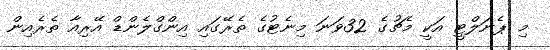
މި ޕެނަލްޓީ އަކީ މެޗުގެ 32ވަނަ މިނެޓުގެ ތެރޭގައި އިންގްލެންޑް އޭރިއާ ތެރެއިން